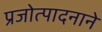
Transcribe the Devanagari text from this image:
प्रजोत्पादनाने